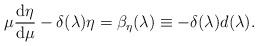
LaTeX: \begin{align*}\mu {\frac{{\rm d}\eta }{{\rm d}\mu }}-\delta (\lambda )\eta =\beta _{\eta}(\lambda )\equiv -\delta (\lambda )d(\lambda ). \end{align*}